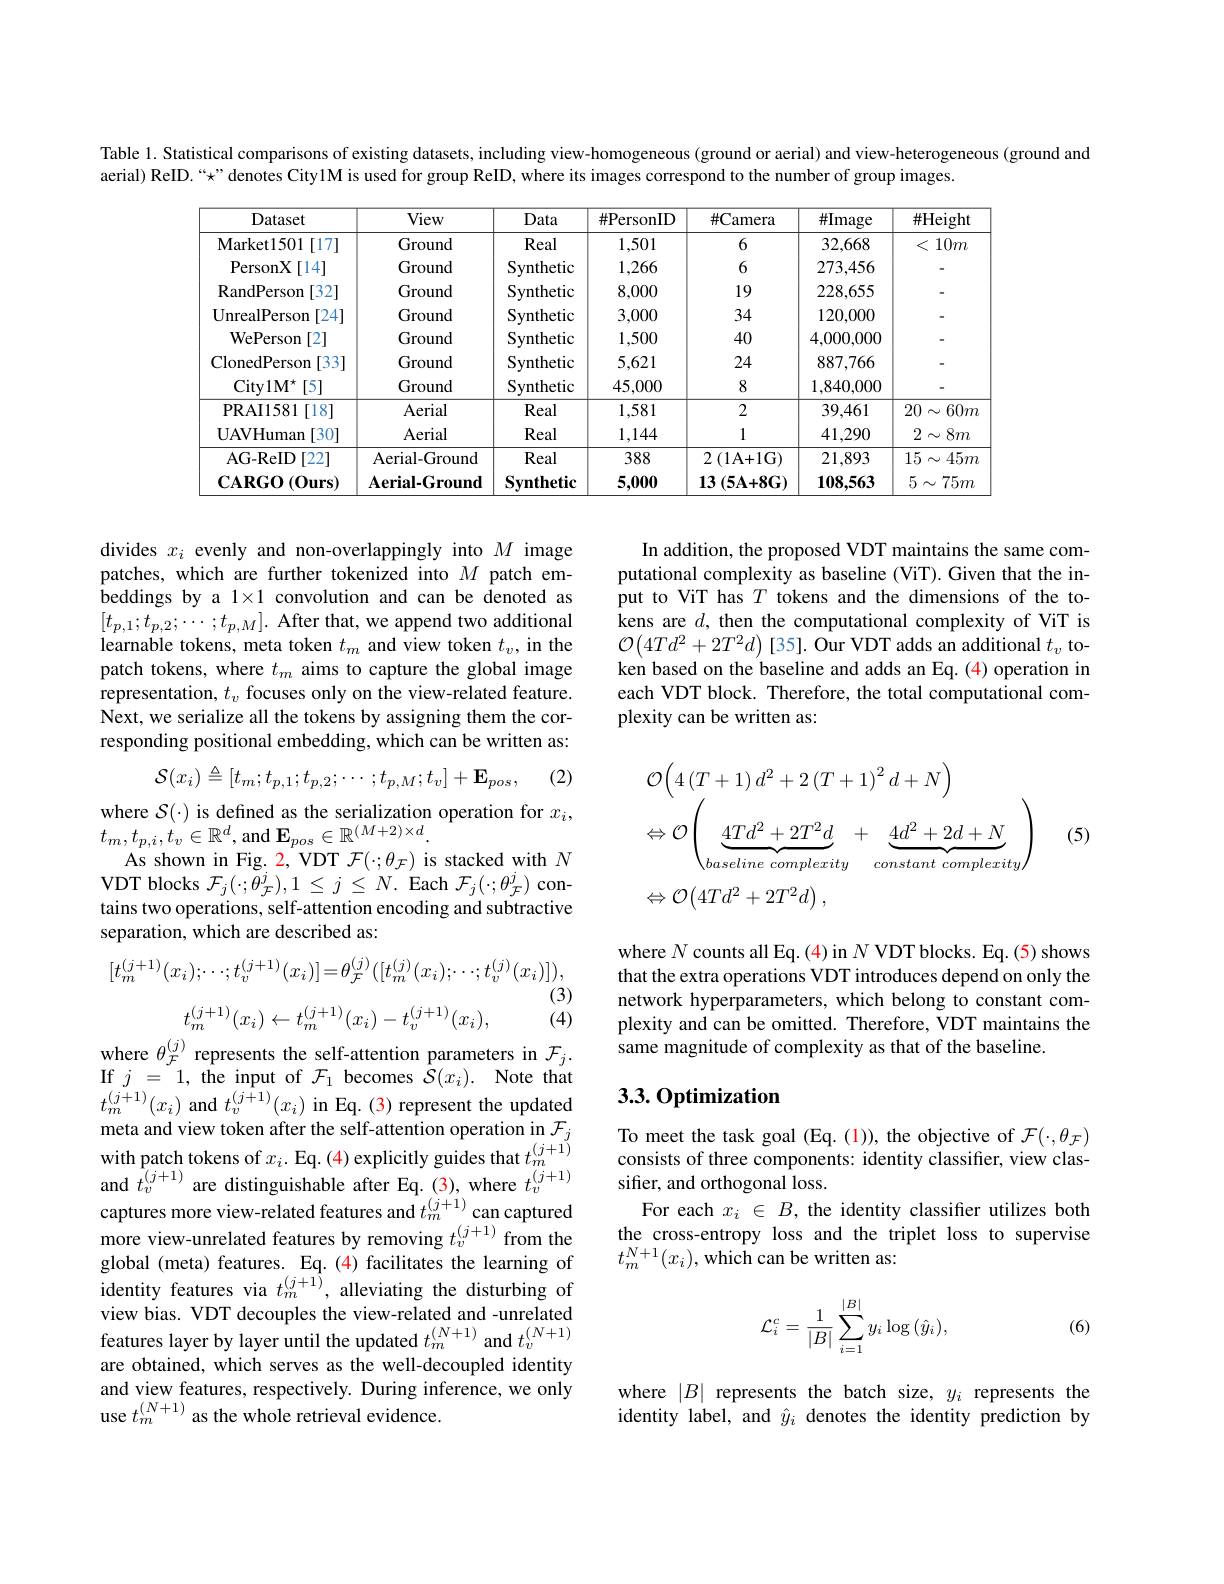
Table 1. Statistical comparisons of existing datasets, including view-homogeneous (ground or aerial) and view-heterogeneous (ground and
aerial) ReID.“x” denotes City1M is used for group ReID, where its images correspond to the number of group images.

<table>
	<tbody>
		<tr>
			<th>Dataset</th>
			<th>View</th>
			<th>Data</th>
			<th>$\#$PersonID</th>
			<th>$\#$Camera</th>
			<th>$\#$Image</th>
			<th>$\#$Height</th>
		</tr>
		<tr>
			<td>[17] $\mathbf{Market1501}$</td>
			<td>Ground</td>
			<td>Real</td>
			<td>1,501</td>
			<td>6</td>
			<td>32,668</td>
			<td>$10m$ r</td>
		</tr>
		<tr>
			<td>PersonX [14]</td>
			<td>Ground</td>
			<td>Synthetic</td>
			<td>1,266</td>
			<td>6</td>
			<td>273,456</td>
			<td> </td>
		</tr>
		<tr>
			<td>RandPerson [32]</td>
			<td>Ground</td>
			<td>Synthetic</td>
			<td>8,000</td>
			<td>19</td>
			<td>228,655</td>
			<td> </td>
		</tr>
		<tr>
			<td>UnrealPerson [24]</td>
			<td>Ground</td>
			<td>Synthetic</td>
			<td>3,000</td>
			<td>34</td>
			<td>120,000</td>
			<td> </td>
		</tr>
		<tr>
			<td>WePerson [2]</td>
			<td>Ground</td>
			<td>Synthetic</td>
			<td>1,500</td>
			<td>40</td>
			<td>4,000,000</td>
			<td> </td>
		</tr>
		<tr>
			<td>ClonedPerson [33]</td>
			<td>Ground</td>
			<td>Synthetic</td>
			<td>5,621</td>
			<td>24</td>
			<td>887,766</td>
			<td> </td>
		</tr>
		<tr>
			<td>City1$M^{\star }$ [5]</td>
			<td>Ground</td>
			<td>Synthetic</td>
			<td>45,000</td>
			<td>8</td>
			<td>1,840,000</td>
			<td> </td>
		</tr>
		<tr>
			<td>PRAI1581 $1\left[18\right]$</td>
			<td>Aerial</td>
			<td>Real</td>
			<td>1,581</td>
			<td>2</td>
			<td>39,461</td>
			<td>$20\sim$ $60m$ $j$</td>
		</tr>
		<tr>
			<td>[30] $\mathbf{UAVHumam}$</td>
			<td>Aerial</td>
			<td>Real</td>
			<td>1,144</td>
			<td>1</td>
			<td>41,290</td>
			<td>$2\sim$ $8m$</td>
		</tr>
		<tr>
			<td>[22] AG- ReID</td>
			<td>Aerial-Ground</td>
			<td>Real</td>
			<td>388</td>
			<td>$2\left(1\mathrm{A+1G}\right)$</td>
			<td>21,893</td>
			<td>$15\sim45m$</td>
		</tr>
		<tr>
			<td>$\mathbf{CARGO}\left(0\mathbf{urs}\right)$</td>
			<td>$\mathbf{Aerial-Ground}$</td>
			<td>$\mathbf{Synthetic}$</td>
			<td>5,000</td>
			<td>$13\left(5\mathbf{A}+8\mathbf{G}\right)$</td>
			<td>108,563</td>
			<td>$5\sim75m$</td>
		</tr>
	</tbody>
</table>

In addition, the proposed VDT maintains the same computational complexity as baseline (ViT). Given that the input to ViT has $T$ tokens and the dimensions of the tokens are $d$, then the computational complexity of ViT is $\mathcal{O}\left(4Td^{2}+2T^{2}d\right)[35].$ Our VDT adds an additional $t_v$ token based on the baseline and adds an Eq.(4) operation in each VDT block. Therefore, the total computational complexity can be written as:

divides $x_i$ evenly and non-overlappingly into $M$ image patches, which are further tokenized into $M$ patch embeddings by a $1\times1$ convolution and can be denoted as $[t_{p,1};t_{p,2};\cdots;t_{p,M}].$ After that, we append two additional learnable tokens, meta token $t_m$ and view token $t_v$, in the patch tokens, where $t_m$ aims to capture the global image representation, $t_v$ focuses only on the view-related feature. Next, we serialize all the tokens by assigning them the corresponding positional embedding, which can be written as:

(2)
$$\mathcal{S}(x_{i})\triangleq[t_{m};t_{p,1};t_{p,2};\cdots;t_{p,M};t_{v}]+\mathbf{E}_{pos},$$
$$\begin{aligned}&\mathcal{O}\Big(4\left(T+1\right)d^{2}+2\left(T+1\right)^{2}d+N\Big)\\&\Leftrightarrow\mathcal{O}\left(\underbrace{4Td^{2}+2T^{2}d}_{baseline\:complexity}+\underbrace{4d^{2}+2d+N}_{constant\:complexity}\right)\\&\Leftrightarrow\mathcal{O}\left(4Td^{2}+2T^{2}d\right),\end{aligned}$$
(5)

where $\mathcal{S}(\cdot)$ is defined as the serialization operation for $x_i$,
$t_m,t_{p,i},t_v\in\mathbb{R}^d$,and $\mathbf{E}_pos\in\mathbb{R}^{(M+2)\times d}.$
As shown in Fig. 2, VDT $\mathcal{F}(\cdot;\theta_{\mathcal{F}})$ is stacked with $N$ VDT blocks $\mathcal{F}_j(\cdot;\tilde{\theta}_{\mathcal{F}}^{j}),1\leq j\leq N.$ Each $\mathcal{F}_j(\cdot;\theta_{\mathcal{F}}^{j})$ contains two operations, self-attention encoding and subtractive separation, which are described as:
$$[t_m^{(j+1)}(x_i);\cdots;t_v^{(j+1)}(x_i)]=\theta_{\mathcal{F}}^{(j)}([t_m^{(j)}(x_i);\cdots;t_v^{(j)}(x_i)]),$$
(3)
$$t_m^{(j+1)}(x_i)\leftarrow t_m^{(j+1)}(x_i)-t_v^{(j+1)}(x_i),$$
(4)
where $\theta_{\mathcal{F}}^{(j)}$ represents the self-attention parameters in $\mathcal{F}_j.$

where $N$ counts all Eq.(4) in $N$ VDT blocks. Eq.(5) shows that the extra operations VDT introduces depend on only the network hyperparameters, which belong to constant complexity and can be omitted. Therefore, VDT maintains the same magnitude of complexity as that of the baseline.

## 3.3.0ptimization

meta and view token after the self- attention operation in$\mathcal{F} _j$ To meet the task goal ( Eq. ( 1) ) , the objective of $\mathcal{F} ( \cdot , \theta _{\mathcal{F} })$ with patch tokens of $x_i.$Eq. ( 4) explicitly guides that $t_m^{( j+ 1) }$ consists of threec components: identity cl
sifier, and orthogonal loss.
For each $x_i\in B$, the identity classifier utilizes both the cross-entropy loss and the triplet loss to supervise $t_{m}^{N+1}(x_{i})$,which can be written as:

If$j=1$,the input of$\mathcal{F}_1$becomes$\mathcal{S}(x_i).$Note that $t_{m}^{(j+1)}(x_{i})$ and $t_v^{(j+1)}(x_{i})$ in Eq.(3) represent the updated wilu pacil tokens ol $x_{i}.$ Lq. ( 4) expilcuty guues ula $t_{m}$ and $t_{v}^{( j+ 1) }$ are distinguishable after Eq. ( 3) , where $t_{v}^{( j+ 1) }$ captures more view- related features and $t_{m}^{( j+ 1) }$can captured more view-unrelated features by removing $t_v^{(j+1)}$ from the global (meta) features. Eq. (4) facilitates the learning of identity features via $t_m^{(j+1)}$, alleviating the disturbing of view bias. VDT decouples the view-related and -unrelated features layer by layer until the updated $t_m^{(N+1)}$ and $t_v^{(N+1)}$ are obtained, which serves as the well-decoupled identity and view features, respectively. During inference, we only use $t_m^{(N+1)}$ as the whole retrieval evidence.
$$\mathcal{L}_{i}^{c}=\frac{1}{|B|}\sum_{i=1}^{|B|}y_{i}\log{(\hat{y}_{i})},$$
(6)

where $|B|$ represents the batch size, $y_i$ represents the identity label, and $\hat{y}_i$ denotes the identity prediction by